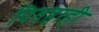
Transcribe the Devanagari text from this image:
पितहाही